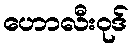
ဟောလီးဝုဒ်